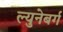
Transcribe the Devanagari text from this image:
ल्युनेबर्ग